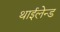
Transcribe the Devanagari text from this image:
थाईलेन्ड